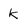
Character: k